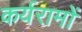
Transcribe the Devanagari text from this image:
कर्यरामों